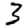
Digit: 3